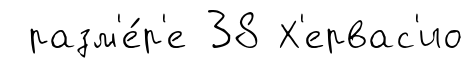
разм'е́р'е 38 Х'ервас'ио